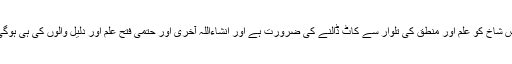
اس شاخ کو علم اور منطق کی تلوار سے کاٹ ڈالنے کی ضرورت ہے اور انشاءاللہ آخری اور حتمی فتح علم اور دلیل والوں کی ہی ہوگی۔